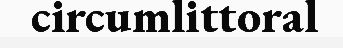
circumlittoral